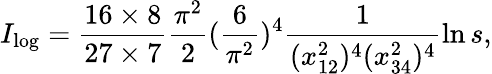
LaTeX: I_{\log}=\frac{16\times 8}{27\times 7}\frac{\pi^{2}}{2}(\frac{6}{\pi^{2}})^{4}\frac{1}{(x_{12}^{2})^{4}(x_{34}^{2})^{4}}\ln s,